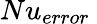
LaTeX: Nu_{error}\